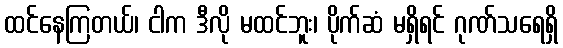
ထင်နေကြတယ်၊ ငါက ဒီလို မထင်ဘူး၊ ပိုက်ဆံ မရှိရင် ဂုဏ်သရေရှိ